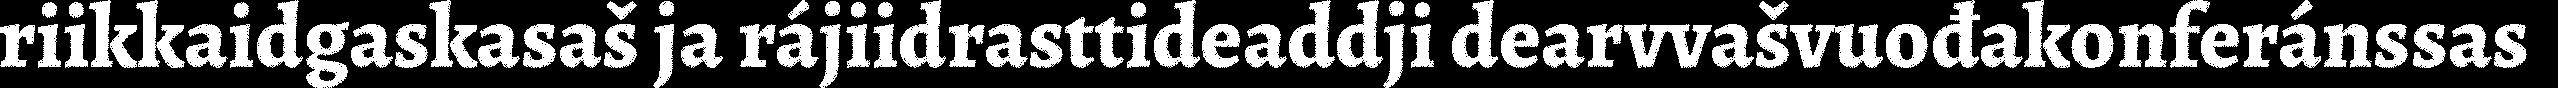
riikkaidgaskasaš ja rájiidrasttideaddji dearvvašvuođakonferánssas